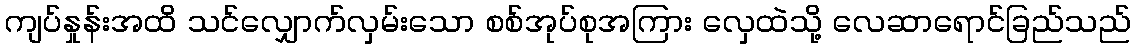
ကျပ်နှုန်းအထိ သင်လျှောက်လှမ်းသော စစ်အုပ်စုအကြား လှေထဲသို့ လေဆာရောင်ခြည်သည်